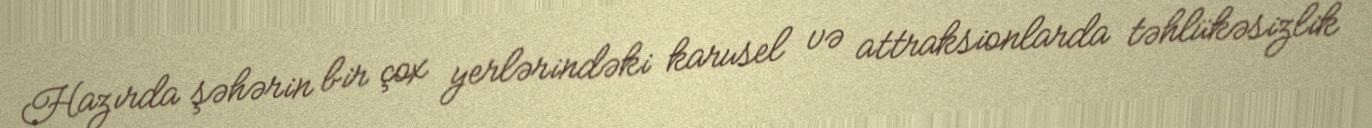
Hazırda şəhərin bir çox yerlərindəki karusel və attraksionlarda təhlükəsizlik